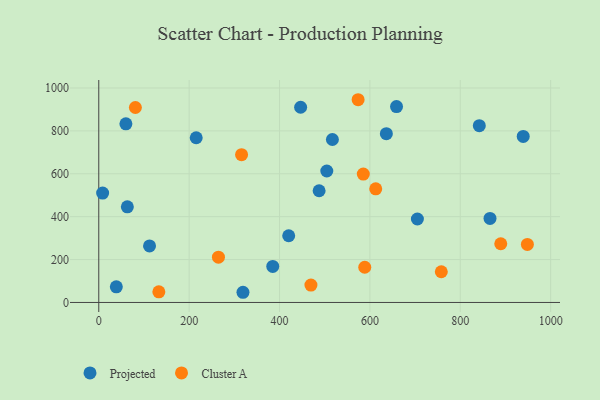
{"axis": {"x": "Study Hours", "y": "Demand"}, "legend": ["Cluster A", "Projected"], "data": [{"x": "8.5", "y": 510.2, "type": "Projected"}, {"x": "420.3", "y": 311.0, "type": "Projected"}, {"x": "517.0", "y": 759.9, "type": "Projected"}, {"x": "319.1", "y": 47.5, "type": "Projected"}, {"x": "636.4", "y": 787.2, "type": "Projected"}, {"x": "215.6", "y": 767.9, "type": "Projected"}, {"x": "865.8", "y": 391.9, "type": "Projected"}, {"x": "112.3", "y": 263.5, "type": "Projected"}, {"x": "504.6", "y": 613.0, "type": "Projected"}, {"x": "60.0", "y": 833.0, "type": "Projected"}, {"x": "63.2", "y": 446.1, "type": "Projected"}, {"x": "658.9", "y": 913.4, "type": "Projected"}, {"x": "446.7", "y": 910.3, "type": "Projected"}, {"x": "842.1", "y": 824.1, "type": "Projected"}, {"x": "939.3", "y": 774.2, "type": "Projected"}, {"x": "705.1", "y": 389.2, "type": "Projected"}, {"x": "38.8", "y": 73.1, "type": "Projected"}, {"x": "385.0", "y": 167.9, "type": "Projected"}, {"x": "487.6", "y": 520.8, "type": "Projected"}, {"x": "81.0", "y": 909.1, "type": "Cluster A"}, {"x": "469.5", "y": 81.3, "type": "Cluster A"}, {"x": "948.5", "y": 270.6, "type": "Cluster A"}, {"x": "758.0", "y": 143.2, "type": "Cluster A"}, {"x": "573.9", "y": 945.3, "type": "Cluster A"}, {"x": "612.9", "y": 529.8, "type": "Cluster A"}, {"x": "264.8", "y": 211.1, "type": "Cluster A"}, {"x": "889.6", "y": 273.7, "type": "Cluster A"}, {"x": "585.4", "y": 598.8, "type": "Cluster A"}, {"x": "588.6", "y": 164.1, "type": "Cluster A"}, {"x": "316.0", "y": 689.2, "type": "Cluster A"}, {"x": "132.9", "y": 49.8, "type": "Cluster A"}]}